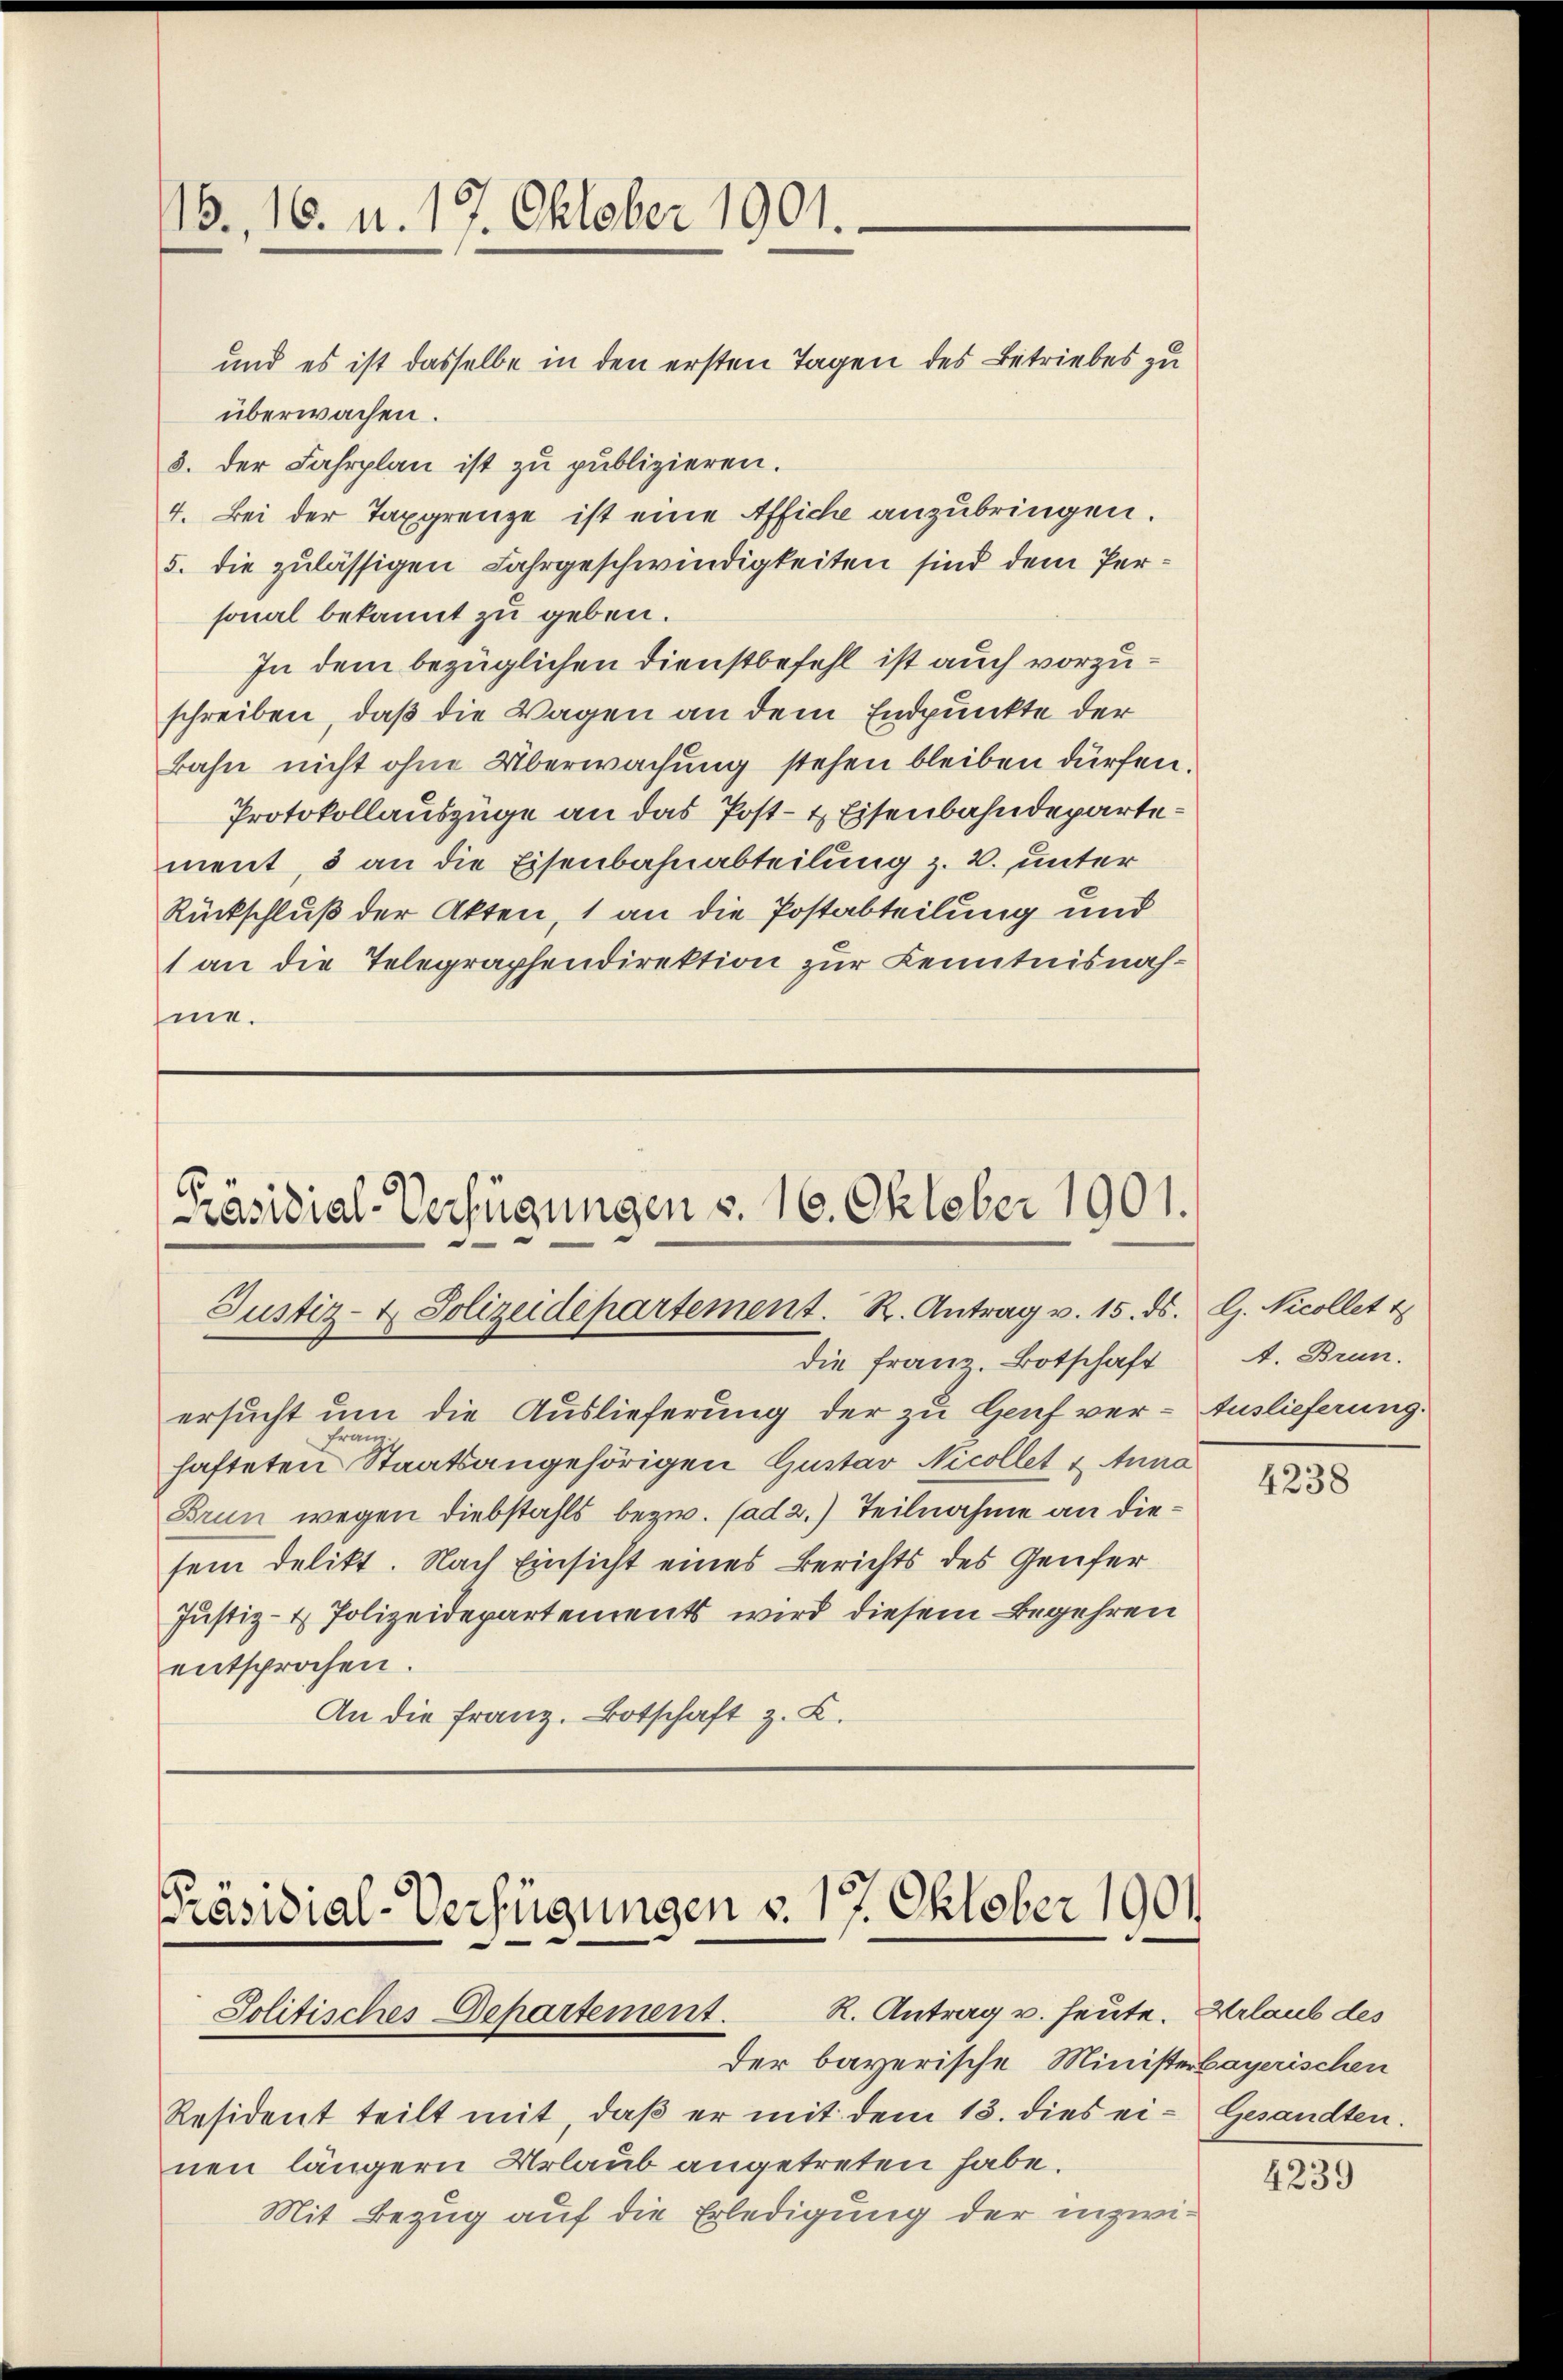
13., 16. u. 17. Oktober 1901.

und es ist dasselbe in den ersten Tagen des Betriebes zu
überwachen.
3. der Fahrplan ist zu publizieren.
4. Bei der Taxgrenze ist eine Affiche anzubringen.
5. die zulässigen Jahrgeschwindigkeiten sind dem Personal bekannt zu geben.
In dem bezüglichen Dienstbefehl ist auch vorzuschreiben, daß die Wagen an dem Endpunkte der
Bahn nicht ohne Überwachung stehen bleiben dürfen.
Protokollauszüge an das Post- & Eisenbahndepartement, 5 an die Eisenbahnabteilung z. B. unter
Rückschluß der Akten, 1 an die Postabteilung und
1 an die Telegraphendirektion zur Kenntnisnahme.

Präsidial-Verfügungen v. 16. Oktober 1901.
Justiz- & Polizeidepartement. R. Antrag v. 15. ds. G. Nicollet

die Franz. Botschaft
ersucht um die Auslieferung der zu Genf ver- Auslieferung.
ram
hafteten Staatsangehörigen Gustav Nicollet u Anna
Brun wegen Diebstahls bezw. (ad 2.) Teilnahme an diesei delikt. Nach Einsicht eines Berichts des Genfer
Justiz- & Polizeidepartements wird diesem Begehren
entsprochen.
An die Franz. Botschaft z. B.

Präsidial-Verfügungen v. 17. Oktober 1901
R. Antrag u. heute. Urlaub des
Solitisches Departement.
der bayerische Ministerbayerischen

A. Brun

Resident teilt mit, daβ er mit dem 13. dies ei- Gesandten.
nen längern Urlaub angetreten habe.
Mit Bezug auf die Erledigung der inzwi¬

4238

4239